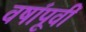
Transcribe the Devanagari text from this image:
वषा॔पूवी॔